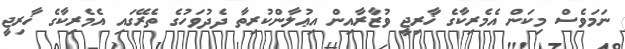
ނަމަވެސް މިކަން އެމެރިކާގެ ޚާރިޖީ ވުޒާރާއިން އިޢުލާންކުރިތާ ދެދުވަހުގެ ތެރޭގައި އެމެރިކާގެ ޚާރިޖީ